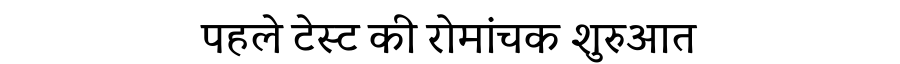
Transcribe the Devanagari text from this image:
पहले टेस्ट की रोमांचक शुरुआत